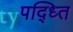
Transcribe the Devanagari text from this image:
पद्ध्‍ति